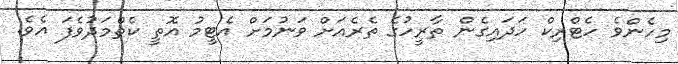
މިހެންވެ ހެޓްރިކް ހަދައިގެން ތާރީހުގެ ތެރެއަށް ވަނުމަށް އެޓީމު އޮތީ ކެތްމަދުވެފަ އެވެ.